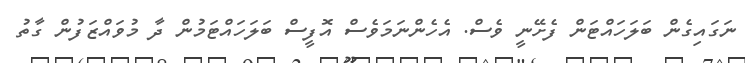
ނަގައިގެން ބަލަހައްޓަން ފެށޭނީ ވެސް. އެހެންނަމަވެސް އޮފީސް ބަލަހައްޓަމުން ދާ މުވައްޒަފުން ގާތު